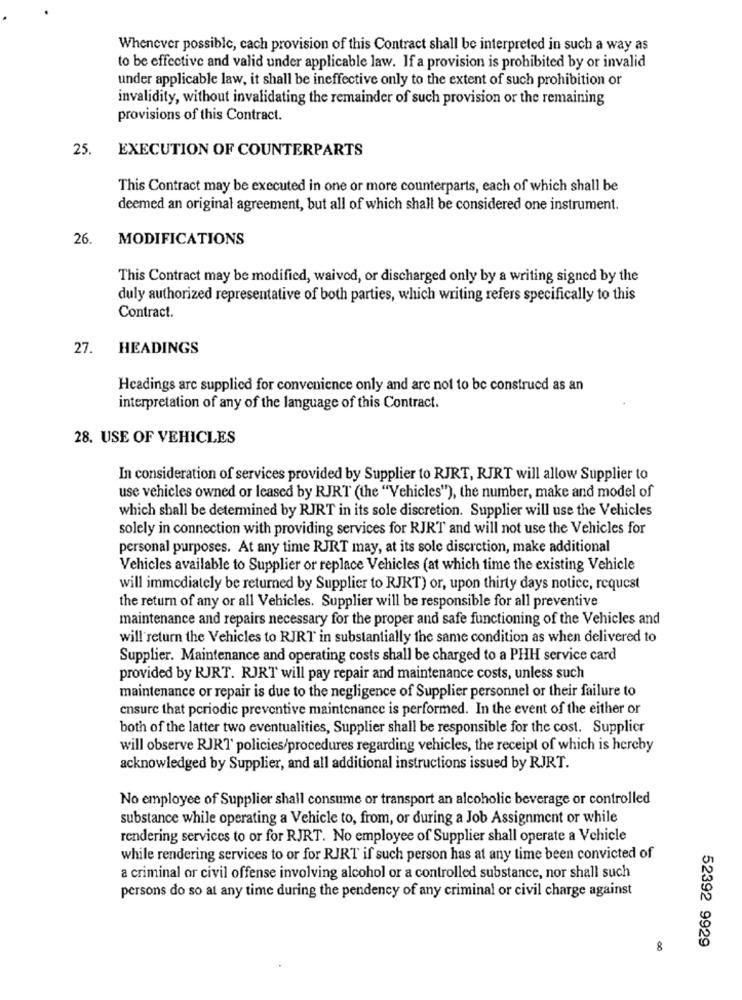
Whenever possible, cach provision of this Contract shall be interpreted in such a way as
to be effective and valid under applicable law. If a provision is prohibited by or invalid
under applicable law, it shall be ineffective only to the extent of such prohibition or
invalidity, without invalidating the remainder of such provision or the remaining
provisions of this Contract.
25.
EXECUTION OF COUNTERPARTS
This Contract may be executed in one or more counterparts, each of which shall be
deemed an original agreement, but all of which shall be considered one instrument.
26.
MODIFICATIONS
This Contract may be modified, waived, or discharged only by a writing signed by the
duly authorized representative of both parties, which writing refers specifically to this
Contract.
27.
HEADINGS
Headings are supplied for convenience only and are not to be construed as an
interpretation of any of the language of this Contract.
28. USE OF VEHICLES
In consideration of services provided by Supplier to RJRT, RJRT will allow Supplier to
use vehicles owned or leased by RJRT (the "Vehicles"), the number, make and model of
which shall be determined by RJRT in its sole discretion. Supplier will use the Vehicles
solely in connection with providing services for RJRT and will not use the Vehicles for
personal purposes. At any time RJRT may, at its sole discretion, make additional
Vehicles available to Supplier or replace Vehicles (at which time the existing Vehicle
will immediately be returned by Supplier to RJKT) or, upon thirty days notice, request
the return of any or all Vehicles. Supplier will be responsible for all preventive
maintenance and repairs necessary for the proper and safe functioning of the Vehicles and
will return the Vehicles to RJRT in substantially the same condition as when delivered to
Supplier. Maintenance and operating costs shall be charged to a PHH service card
provided by RJRT. RJRT will pay repair and maintenance costs, unless such
maintenance or repair is due to the negligence of Supplier personnel or their failure to
ensure that periodic preventive maintenance is performed. In the event of the either or
both of the latter two eventualities, Supplier shall be responsible for the cost. Supplier
will observe RJRT' policies/procedures regarding vehicles, the receipt of which is hereby
acknowledged by Supplier, and all additional instructions issued by RJRT.
No employee of Supplier shall consume or transport an alcoholic beverage or controlled
substance while operating a Vehicle to, from, or during a Job Assignment or while
rendering services to or for RJRT. No employee of Supplier shall operate a Vehicle
while rendering services to or for RJRT if such person has at any time been convicted of
a criminal or civil offense involving alcohol or a controlled substance, nor shall such
persons do so at any time during the pendency of any criminal or civil charge against
52392 9929
&